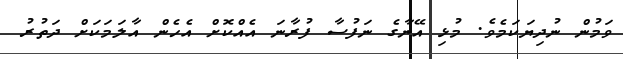
ވަމުން ނުދިޔަކަމެވެ. މުޅި އޭނާގެ ނަފުސާ ފުރާނަ އެއްކޮށް އެހެން އާލަމަކަށް ދަތުރު